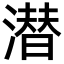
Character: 潜